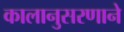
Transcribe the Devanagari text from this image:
कालानुसरणाने